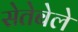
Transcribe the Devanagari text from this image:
सेतेबेले